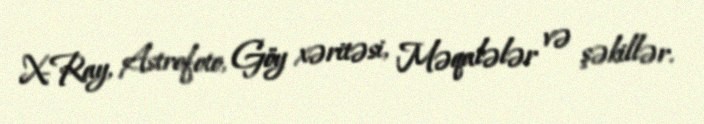
X-Ray, Astrofoto, Göy xəritəsi, Məqalələr və şəkillər.